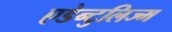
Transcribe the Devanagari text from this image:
एडेन्टुलिज्म